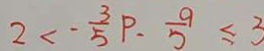
2 < - \frac { 3 } { 5 } P . \frac { 9 } { 5 } \leq 3